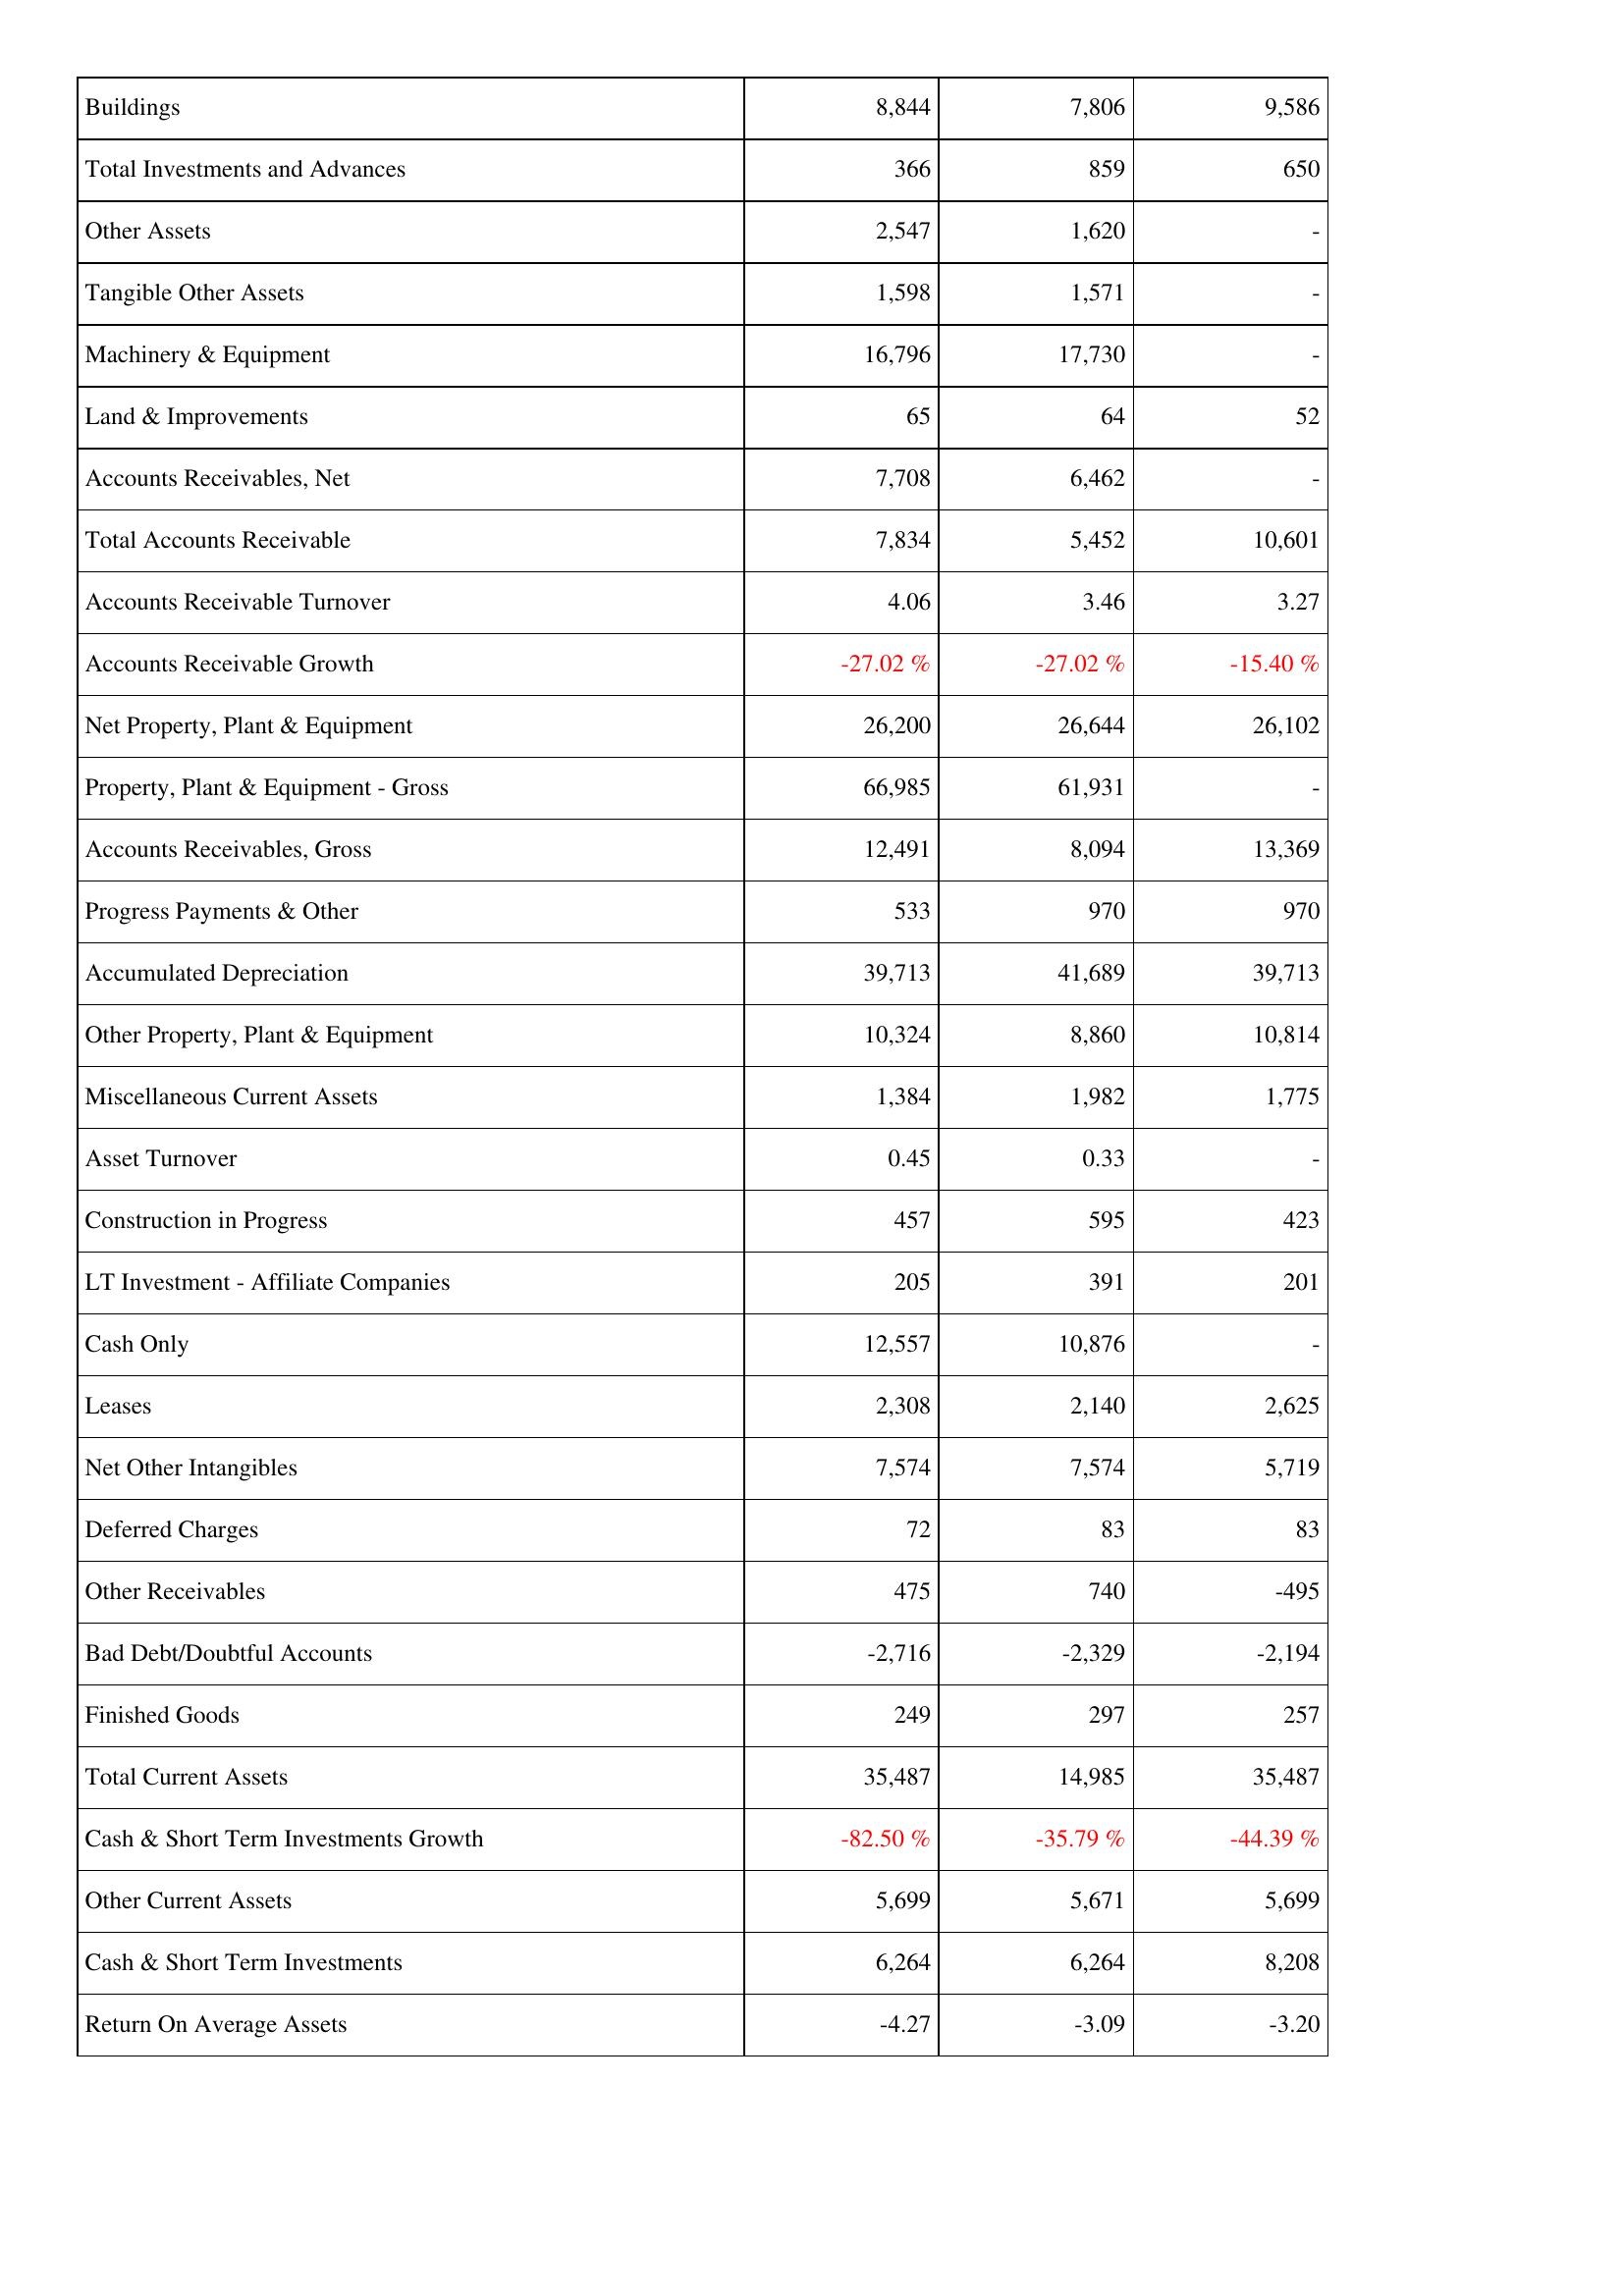
2018: Assets: Buildings: 8,844
Total Investments and Advances: 366
Other Assets: 2,547
Tangible Other Assets: 1,598
Machinery & Equipment: 16,796
Land & Improvements: 65
Accounts Receivables, Net: 7,708
Total Accounts Receivable: 7,834
Accounts Receivable Turnover: 4.06
Accounts Receivable Growth: -27.02 %
Net Property, Plant & Equipment: 26,200
Property, Plant & Equipment - Gross: 66,985
Accounts Receivables, Gross: 12,491
Progress Payments & Other: 533
Accumulated Depreciation: 39,713
Other Property, Plant & Equipment: 10,324
Miscellaneous Current Assets: 1,384
Asset Turnover: 0.45
Construction in Progress: 457
LT Investment - Affiliate Companies: 205
Cash Only: 12,557
Leases: 2,308
Net Other Intangibles: 7,574
Deferred Charges: 72
Other Receivables: 475
Bad Debt/Doubtful Accounts: -2,716
Finished Goods: 249
Total Current Assets: 35,487
Cash & Short Term Investments Growth: -82.50 %
Other Current Assets: 5,699
Cash & Short Term Investments: 6,264
Return On Average Assets: -4.27
2017: Assets: Buildings: 7,806
Total Investments and Advances: 859
Other Assets: 1,620
Tangible Other Assets: 1,571
Machinery & Equipment: 17,730
Land & Improvements: 64
Accounts Receivables, Net: 6,462
Total Accounts Receivable: 5,452
Accounts Receivable Turnover: 3.46
Accounts Receivable Growth: -27.02 %
Net Property, Plant & Equipment: 26,644
Property, Plant & Equipment - Gross: 61,931
Accounts Receivables, Gross: 8,094
Progress Payments & Other: 970
Accumulated Depreciation: 41,689
Other Property, Plant & Equipment: 8,860
Miscellaneous Current Assets: 1,982
Asset Turnover: 0.33
Construction in Progress: 595
LT Investment - Affiliate Companies: 391
Cash Only: 10,876
Leases: 2,140
Net Other Intangibles: 7,574
Deferred Charges: 83
Other Receivables: 740
Bad Debt/Doubtful Accounts: -2,329
Finished Goods: 297
Total Current Assets: 14,985
Cash & Short Term Investments Growth: -35.79 %
Other Current Assets: 5,671
Cash & Short Term Investments: 6,264
Return On Average Assets: -3.09
2016: Assets: Buildings: 9,586
Total Investments and Advances: 650
Other Assets: -
Tangible Other Assets: -
Machinery & Equipment: -
Land & Improvements: 52
Accounts Receivables, Net: -
Total Accounts Receivable: 10,601
Accounts Receivable Turnover: 3.27
Accounts Receivable Growth: -15.40 %
Net Property, Plant & Equipment: 26,102
Property, Plant & Equipment - Gross: -
Accounts Receivables, Gross: 13,369
Progress Payments & Other: 970
Accumulated Depreciation: 39,713
Other Property, Plant & Equipment: 10,814
Miscellaneous Current Assets: 1,775
Asset Turnover: -
Construction in Progress: 423
LT Investment - Affiliate Companies: 201
Cash Only: -
Leases: 2,625
Net Other Intangibles: 5,719
Deferred Charges: 83
Other Receivables: -495
Bad Debt/Doubtful Accounts: -2,194
Finished Goods: 257
Total Current Assets: 35,487
Cash & Short Term Investments Growth: -44.39 %
Other Current Assets: 5,699
Cash & Short Term Investments: 8,208
Return On Average Assets: -3.20